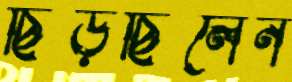
ছিঁড়ছিলেন